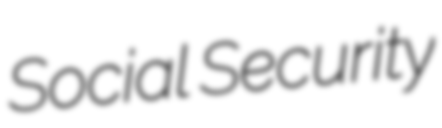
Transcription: Social Security